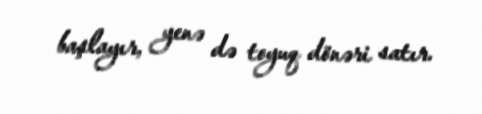
başlayır, yenə də toyuq dönəri satır.